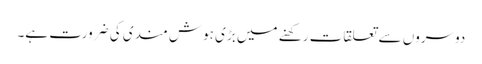
دوسروں سے تعلقات رکھنے میں بڑی ہوش مندی کی ضرورت ہے۔